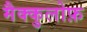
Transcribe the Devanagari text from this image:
मैक्कुलोफ़